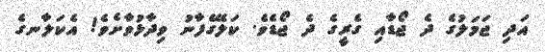
އަދި ޖަމަލުގެ ދެ ޖޯޑާއި ގެރީގެ ދެ ޖޯޑެވެ. ކަލޭގެފާނު ވިދާޅުވާށެވެ! އެކަލާނގެ